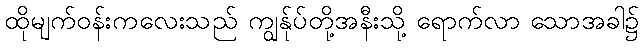
ထိုမျက်ဝန်းကလေးသည် ကျွန်ုပ်တို့အနီးသို့ ရောက်လာ သောအခါ၌